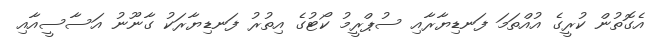
އެގޮތުން ކުރީގެ އުއްތަމަ ފަނޑިޔާރާއި ސުޕްރީމު ކޯޓުގެ އިތުރު ފަނޑިޔާރަކު ގާނޫނު އަސާސީއާއި